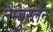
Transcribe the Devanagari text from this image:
तैम्बुरलेन